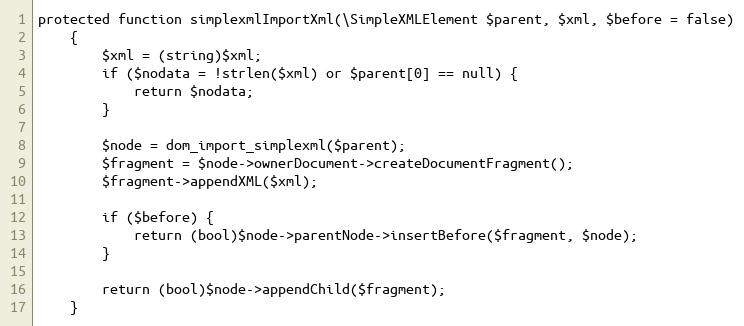
Language: PHP
protected function simplexmlImportXml(\SimpleXMLElement $parent, $xml, $before = false)
    {
        $xml = (string)$xml;
        if ($nodata = !strlen($xml) or $parent[0] == null) {
            return $nodata;
        }

        $node = dom_import_simplexml($parent);
        $fragment = $node->ownerDocument->createDocumentFragment();
        $fragment->appendXML($xml);

        if ($before) {
            return (bool)$node->parentNode->insertBefore($fragment, $node);
        }

        return (bool)$node->appendChild($fragment);
    }